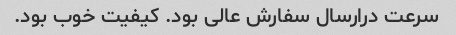
سرعت درارسال سفارش عالی بود. کیفیت خوب بود.